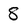
Character: 8